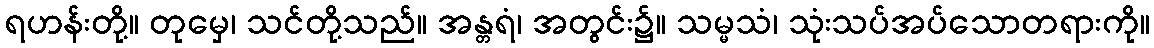
ရဟန်းတို့။ တုမှေ၊ သင်တို့သည်။ အန္တရံ၊ အတွင်း၌။ သမ္မသံ၊ သုံးသပ်အပ်သောတရားကို။